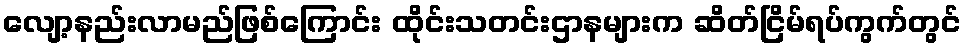
လျော့နည်းလာမည်ဖြစ်ကြောင်း ထိုင်းသတင်းဌာနများက ဆိတ်ငြိမ်ရပ်ကွက်တွင်